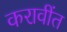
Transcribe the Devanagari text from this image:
करावींत